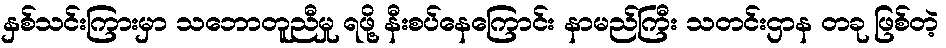
နှစ်သင်းကြားမှာ သဘောတူညီမှု ရဖို့ နီးစပ်နေကြောင်း နာမည်ကြီး သတင်းဌာန တခု ဖြစ်တဲ့